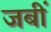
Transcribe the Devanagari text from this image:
जबीं